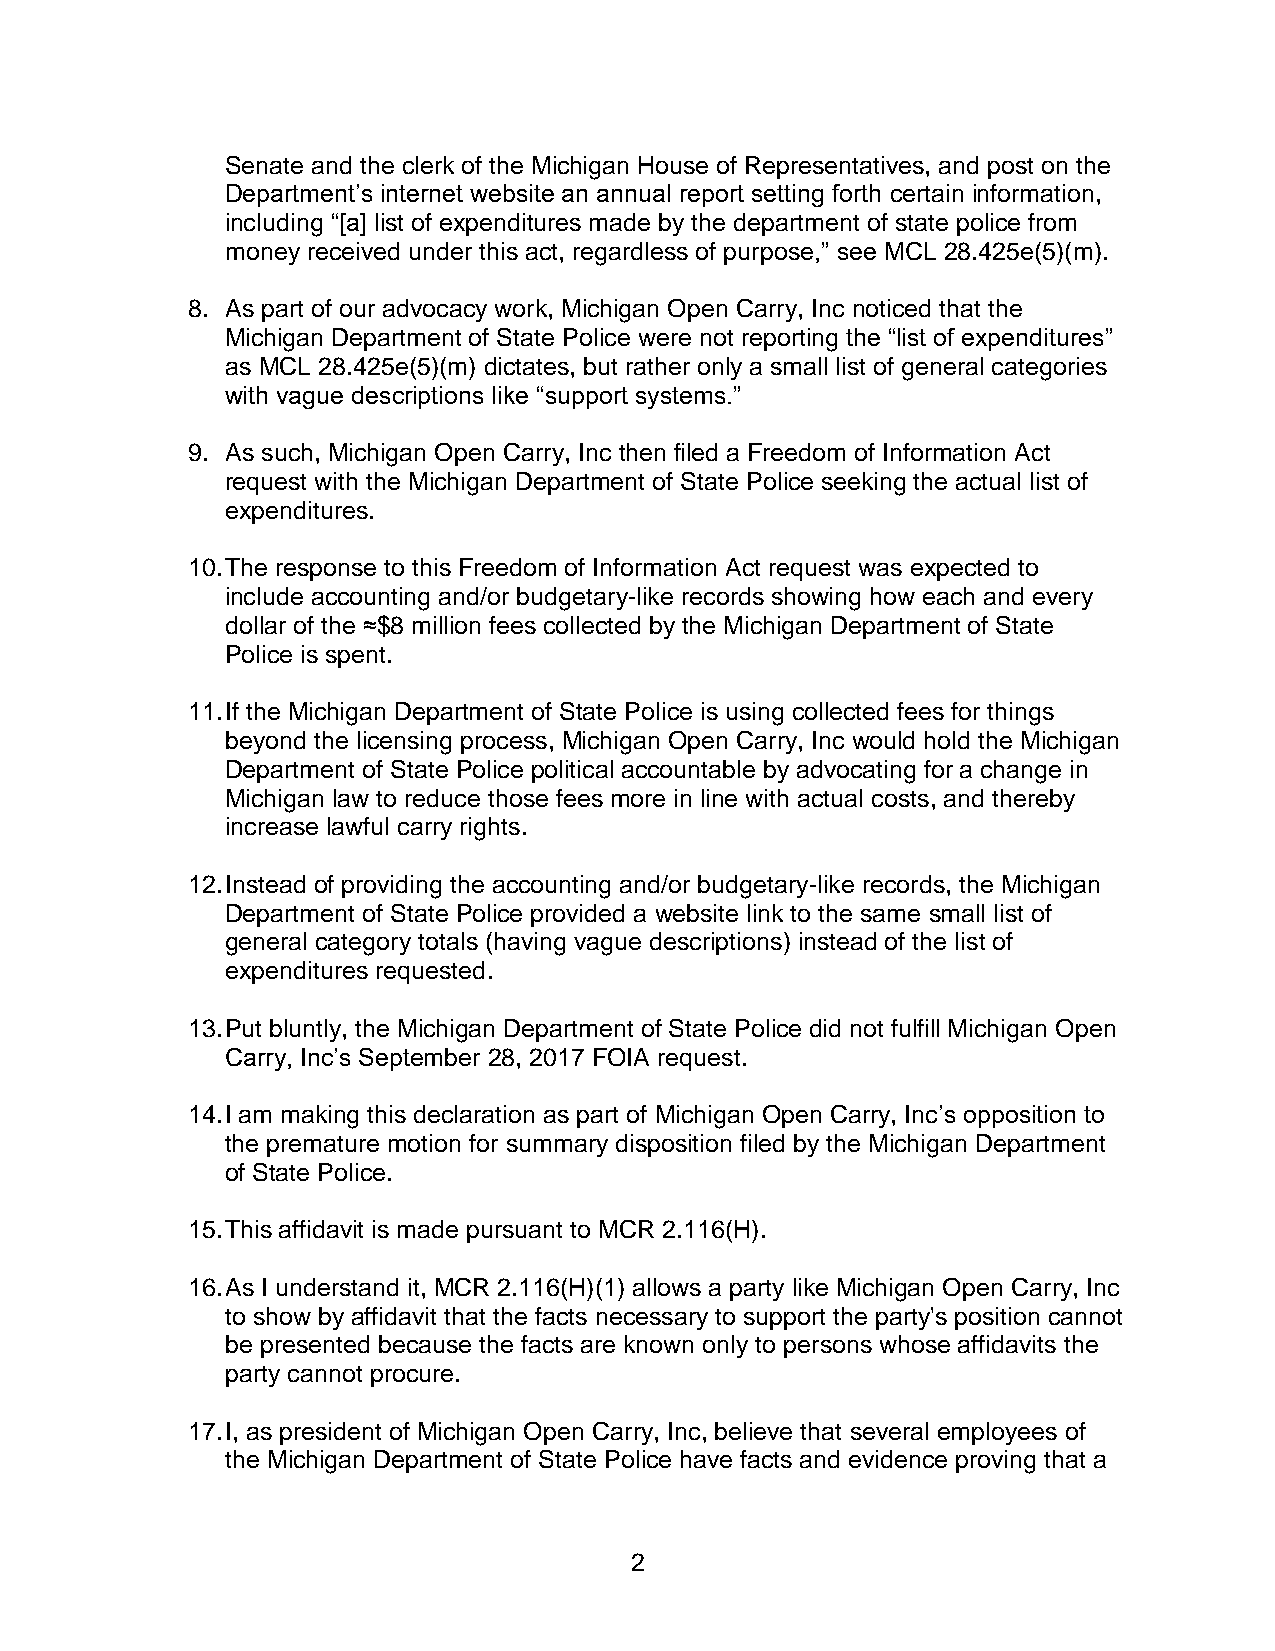
Senate and the clerk of the Michigan House of Representatives, and post on the
 Department’s internet website an annual report setting forth certain information,
 including “[a] list of expenditures made by the department of state police from
 money received under this act, regardless of purpose,” see MCL 28.425e(5)(m).
 8. As part of our advocacy work, Michigan Open Carry, Inc noticed that the
 Michigan Department of State Police were not reporting the “list of expenditures”
 as MCL 28.425e(5)(m) dictates, but rather only a small list of general categories
 with vague descriptions like “support systems.”
 9. As such, Michigan Open Carry, Inc then filed a Freedom of Information Act
 request with the Michigan Department of State Police seeking the actual list of
 expenditures.
 10. The response to this Freedom of Information Act request was expected to
 include accounting and/or budgetary-like records showing how each and every
 dollar of the ≈$8 million fees collected by the Michigan Department of State
 Police is spent.
 11. If the Michigan Department of State Police is using collected fees for things
 beyond the licensing process, Michigan Open Carry, Inc would hold the Michigan
 Department of State Police political accountable by advocating for a change in
 Michigan law to reduce those fees more in line with actual costs, and thereby
 increase lawful carry rights.
 12. Instead of providing the accounting and/or budgetary-like records, the Michigan
 Department of State Police provided a website link to the same small list of
 general category totals (having vague descriptions) instead of the list of
 expenditures requested.
 13. Put bluntly, the Michigan Department of State Police did not fulfill Michigan Open
 Carry, Inc’s September 28, 2017 FOIA request.
 14. I am making this declaration as part of Michigan Open Carry, Inc’s opposition to
 the premature motion for summary disposition filed by the Michigan Department
 of State Police.
 15. This affidavit is made pursuant to MCR 2.116(H).
 16. As I understand it, MCR 2.116(H)(1) allows a party like Michigan Open Carry, Inc
 to show by affidavit that the facts necessary to support the party's position cannot
 be presented because the facts are known only to persons whose affidavits the
 party cannot procure.
 17. I, as president of Michigan Open Carry, Inc, believe that several employees of
 the Michigan Department of State Police have facts and evidence proving that a
 2